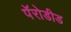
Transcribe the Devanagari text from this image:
पॅरोडीड